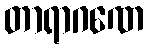
တာရာဂဏေ